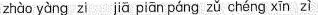
zhào yàng zi iā piān páng zǔ chéng xīn zì